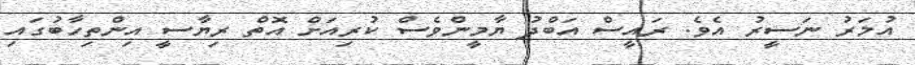
އުމަރު ނަސީރު އެވެ. ރައީސް އަބްދު ޔާމީންވެސް ކުރިއަށް އޮތް ރިޔާސީ އިންތިހާބުގައި